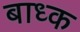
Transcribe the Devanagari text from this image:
बाध्‍क